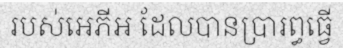
របស់អេភីអ ដែលបានប្រារព្ធធ្វើ